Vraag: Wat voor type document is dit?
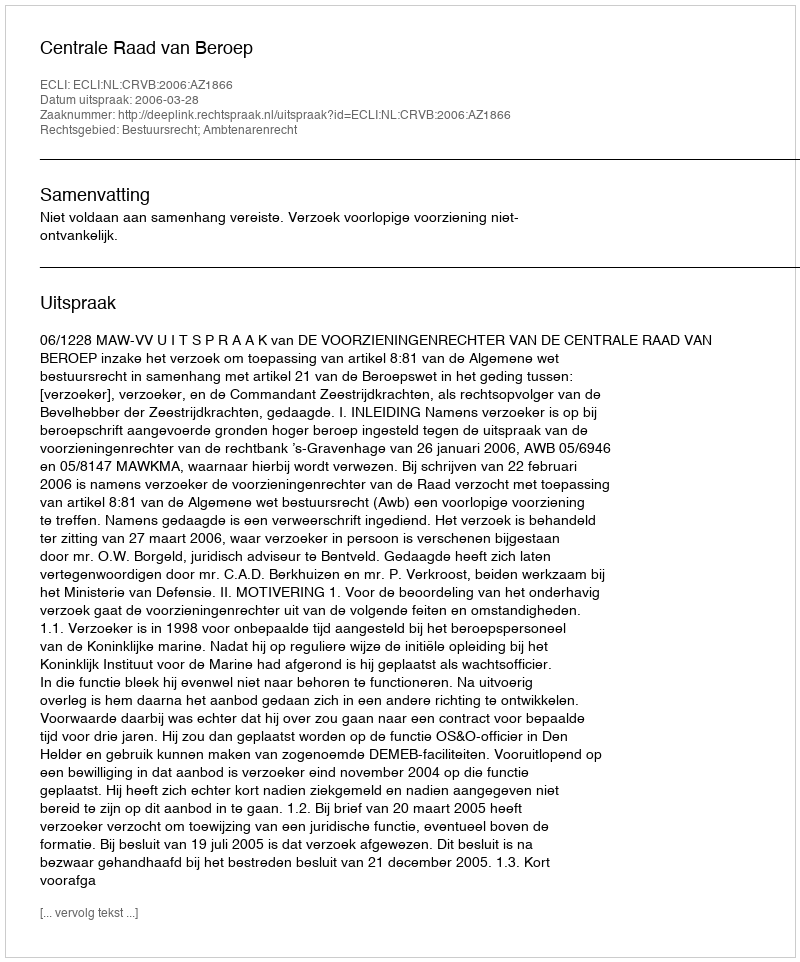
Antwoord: Uitspraak